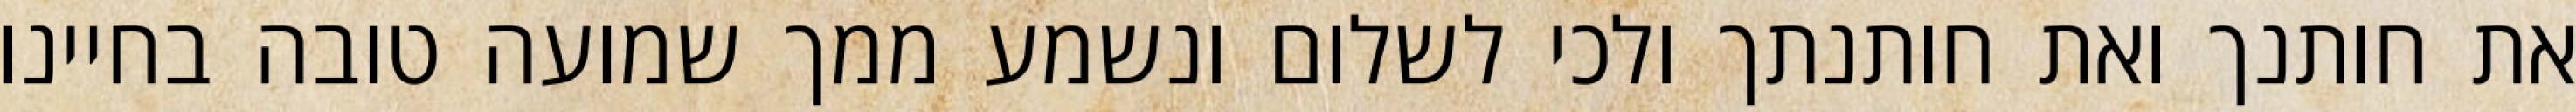
את חותנך ואת חותנתך ולכי לשלום ונשמע ממך שמועה טובה בחיינו